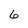
Character: 6